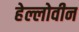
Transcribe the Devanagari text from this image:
हेल्लोवीन